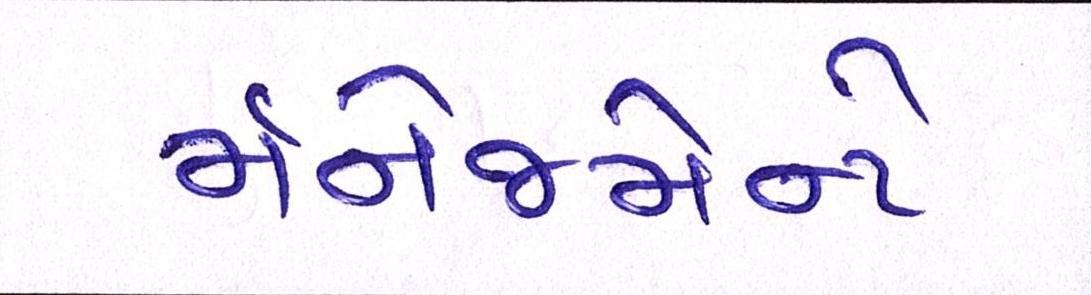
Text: મૅનેજમેન્ટે